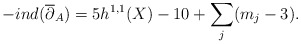
\begin{align*}-ind(\overline{\partial}_A) = 5 h^{1,1}(X) - 10 + \sum_j (m_j-3).\end{align*}